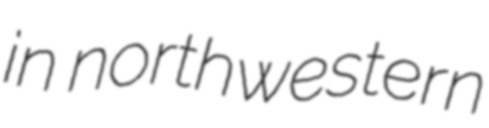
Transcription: in northwestern